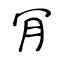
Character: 肎